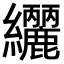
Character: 𮉟